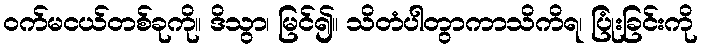
ဝက်မငယ်တစ်ခုကို။ ဒိသွာ၊ မြင်၍။ သိတံပါတွာကာသိကိရ၊ ပြုံးခြင်းကို